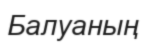
Балуаның